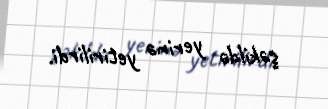
şəkildə yerinə yetirilirdi.